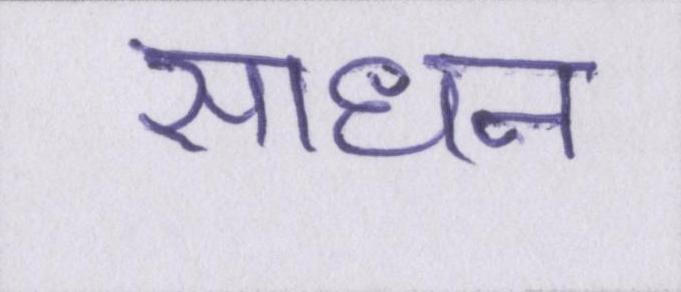
साधन